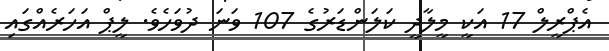
އެޕްރީލް 17 އަކީ މީލާދީ ކަލަންޑަރުގެ 107 ވަނަ ދުވަހެވެ. ލީޕް އަހަރެއްގައި